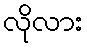
လိုလား